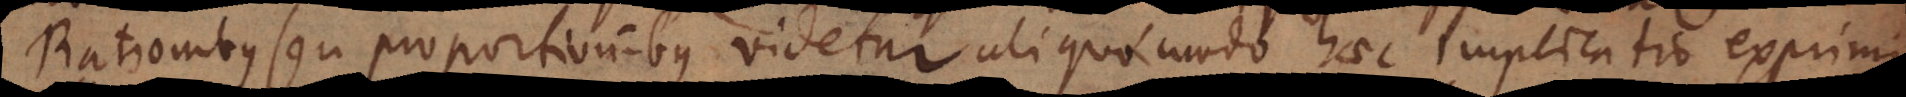
Rationibus seu proportionibus videtur aliquo modo haec implicatio exprimi